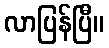
လာပြန်ပြီ။